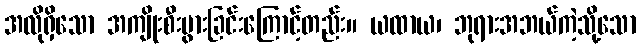
အလိုရှိသော အကျိုးစီးပွားခြင်းကြောင့်တည်း။ ယထာယ၊ ဘုရားအဘယ်ကဲ့သို့သော